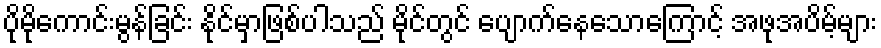
ပိုမိုကောင်းမွန်ခြင်း နိုင်မှာဖြစ်ပါသည် မိုင်တွင် ပျောက်နေသောကြောင့် အဖုအပိမ့်များ